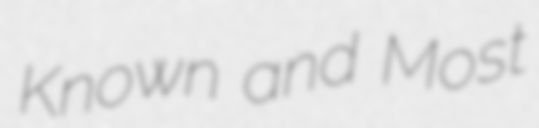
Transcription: Known and Most